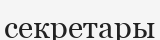
секретары